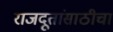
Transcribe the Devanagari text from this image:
राजदूतांसाठीचा